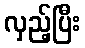
လှည့်ပြီး